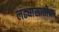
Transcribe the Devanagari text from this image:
लढ्यासाठीचा